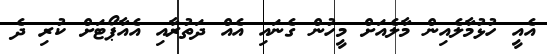
އެއީ ހުޅުމާލެއިން މާލެއަށް މީހުން ގެނައި އެއް ދަތުރާއި އެއާޕޯޓަަށް ކުރި ދެ